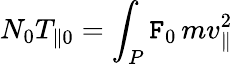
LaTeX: N_{0}T_{\| 0}=\int_{P}\mathtt{F}_{0}\, mv_{\| }^{2}